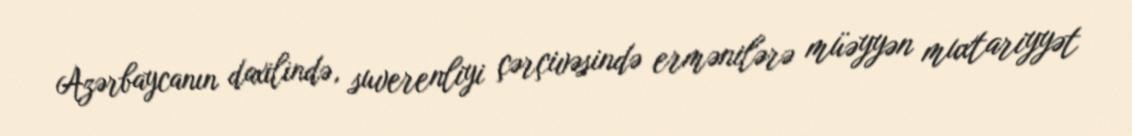
Azərbaycanın daxilində, suverenliyi çərçivəsində ermənilərə müəyyən muxtariyyət